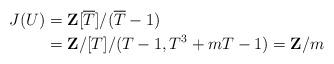
LaTeX: \begin{align*}J(U) & =\mathbf{Z}[\overline{T}]/(\overline{T}-1)\\& =\mathbf{Z}/[T]/(T-1,T^{3}+mT-1)=\mathbf{Z}/m\end{align*}